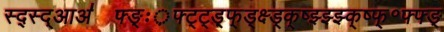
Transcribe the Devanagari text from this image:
स्द्स्द्आअ॑फ्ङ्ः़फ्ट्ट्ड़्फ्ड्क्ष्ड्क्ष्झ्झ्झ्क्ष्फ्॰फ्फ्ङ्